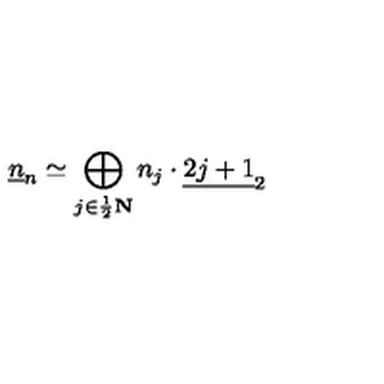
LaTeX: \underline { { n } } _ { n } \simeq \bigoplus _ { j \in \frac { 1 } { 2 } \bf N } n _ { j } \cdot \underline { { 2 j + 1 } } _ { 2 }